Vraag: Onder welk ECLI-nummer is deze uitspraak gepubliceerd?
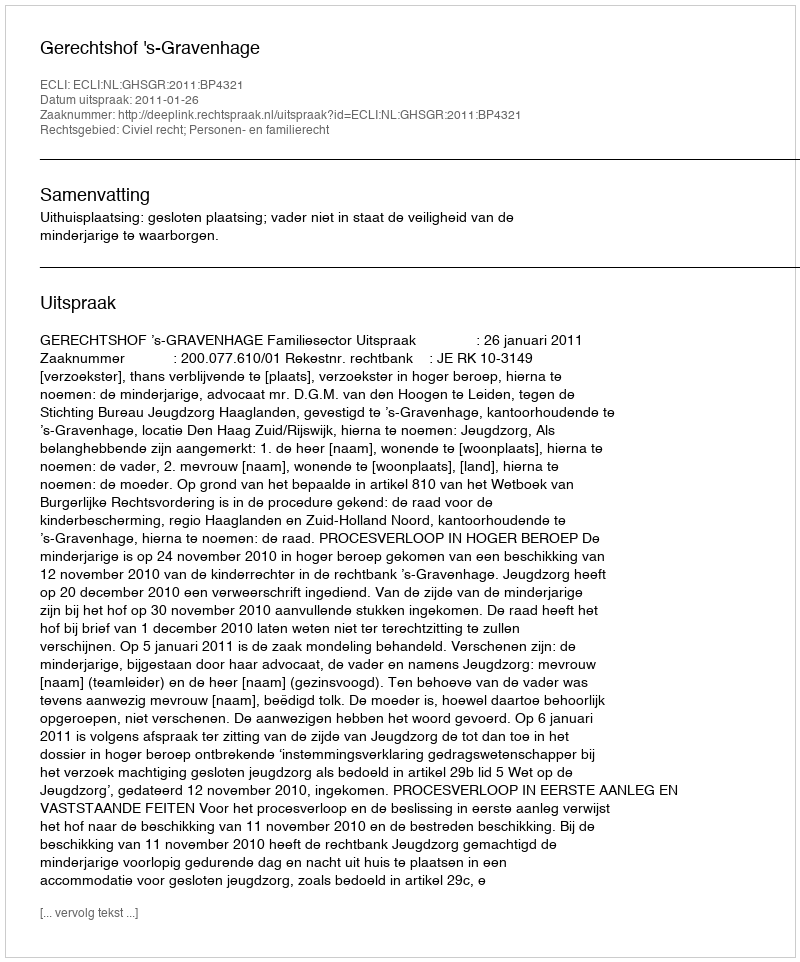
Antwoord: ECLI:NL:GHSGR:2011:BP4321